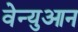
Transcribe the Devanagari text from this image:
वेन्युआन